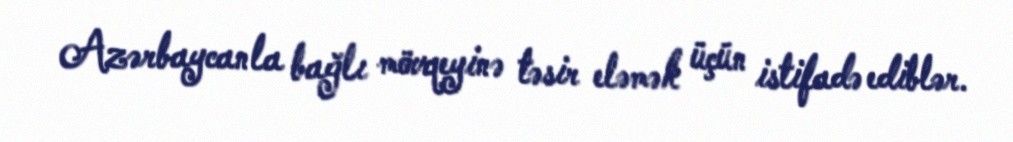
Azərbaycanla bağlı mövqeyinə təsir eləmək üçün istifadə ediblər.